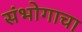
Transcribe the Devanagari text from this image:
संभोगाचा